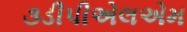
૩ડીપીએલએમ